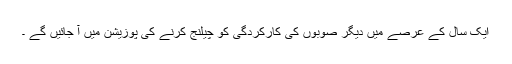
ایک سال کے عرصے میں دیگر صوبوں کی کارکردگی کو چیلنج کرنے کی پوزیشن میں آ جائیں گے ۔